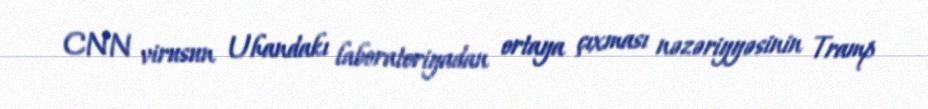
CNN virusun Uhandakı laboratoriyadan ortaya çıxması nəzəriyyəsinin Tramp